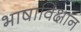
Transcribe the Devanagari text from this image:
भाषाविक्षान